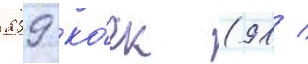
259 ко́ек (91 /